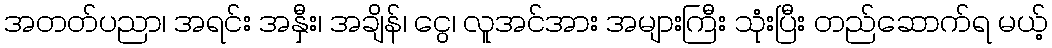
အတတ်ပညာ၊ အရင်း အနှီး၊ အချိန်၊ ငွေ၊ လူအင်အား အများကြီး သုံးပြီး တည်ဆောက်ရ မယ့်